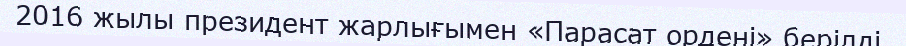
2016 жылы президент жарлығымен «Парасат ордені» берілді.